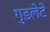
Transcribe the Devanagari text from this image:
गुडलेटे